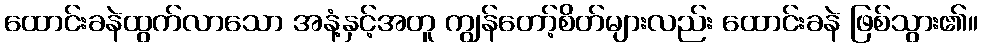
ထောင်းခနဲထွက်လာသော အနံ့နှင့်အတူ ကျွန်တော့်စိတ်များလည်း ထောင်းခနဲ ဖြစ်သွား၏။